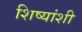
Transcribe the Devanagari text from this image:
शिष्यांशी